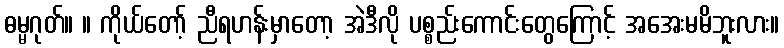
ဓမ္မဂုတ်။ ။ ကိုယ်တော့် ညီရဟန်းမှာတော့ အဲဒီလို ပစ္စည်းကောင်းတွေကြောင့် အအေးမမိဘူးလား။